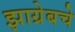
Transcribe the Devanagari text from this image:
झाग्रेबचे